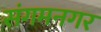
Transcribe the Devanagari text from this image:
संगमनगर